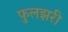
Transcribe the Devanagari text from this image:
फुलझरी